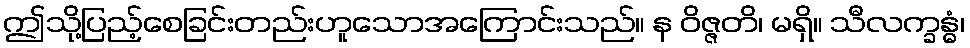
ဤသို့ပြည့်စေခြင်းတည်းဟူသောအကြောင်းသည်။ န ဝိဇ္ဇတိ၊ မရှိ။ သီလက္ခန္ဓံ၊